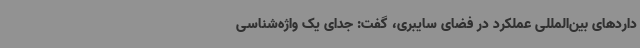
داردهای بین‌المللی عملکرد در فضای سایبری، گفت: جدای یک واژه‌شناسی